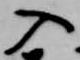
入